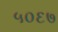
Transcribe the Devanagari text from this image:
५०६७